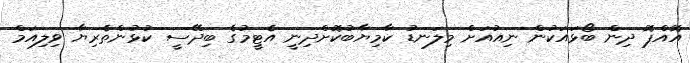
އޮއްޕޮ ދިން ބޯޅައަކުން ނިއުއަށް މިލަނޑު ކާމިޔާބުކޮށްދިނީ އެޓީމުގެ ބިދޭސީ ކުޅުންތެރިޔާ ވިލިއަމް